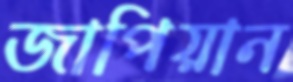
জাপিয়ান